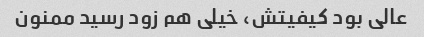
عالی بود کیفیتش، خیلی هم زود رسید ممنون